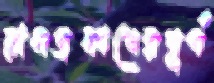
রামপ্রকাশেরপূর্ণ